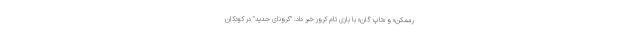
رممکن» و «تاپ گان» با بازی تام کروز خبر داد. "کرونای جدید" در کودکان